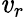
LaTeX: \mathit{v}_{r}